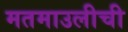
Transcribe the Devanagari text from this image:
मतमाउलीची